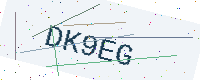
Text: DK9EG